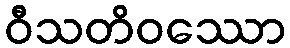
ဝီသတိဝဿော